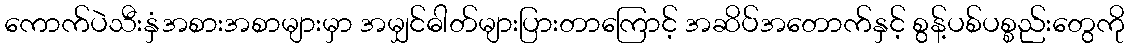
ကောက်ပဲသီးနှံအစားအစာများမှာ အမျှင်ဓါတ်များပြားတာကြောင့် အဆိပ်အတောက်နှင့် စွန့်ပစ်ပစ္စည်းတွေကို